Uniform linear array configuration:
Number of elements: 8
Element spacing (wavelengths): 0.75
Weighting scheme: hamming
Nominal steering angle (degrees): -45
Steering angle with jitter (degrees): -46.544
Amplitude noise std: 0.05
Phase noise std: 0.05

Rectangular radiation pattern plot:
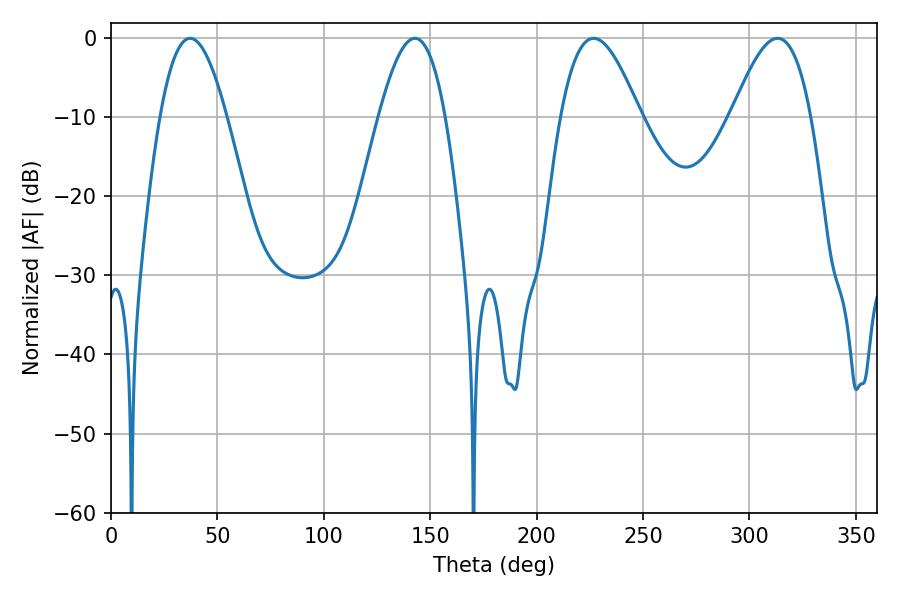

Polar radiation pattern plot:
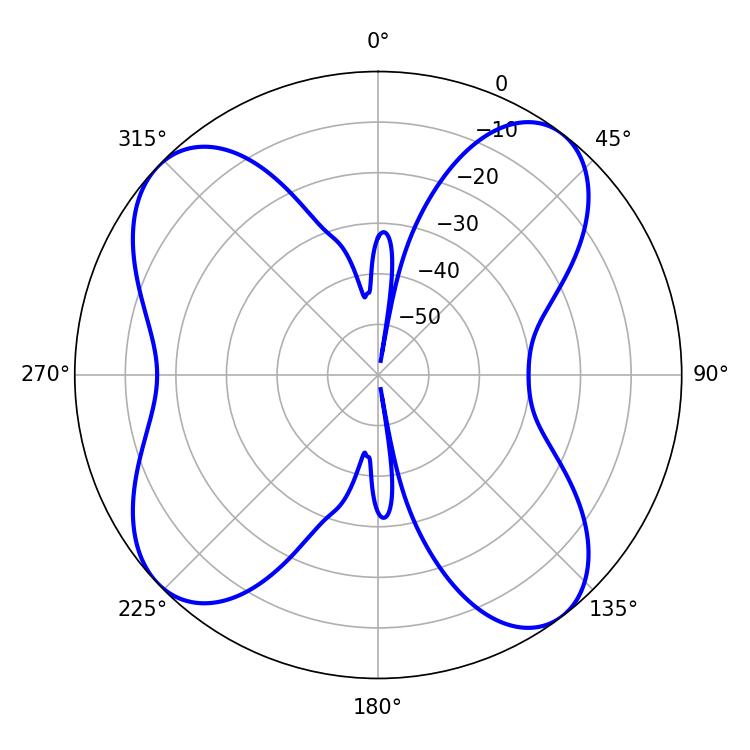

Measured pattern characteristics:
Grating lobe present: TRUE
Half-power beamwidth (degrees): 20.16
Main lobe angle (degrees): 226.8